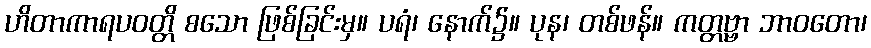
ဟိတာကာရပဝတ္တိ စသော ဖြစ်ခြင်းမှ။ ပရံ၊ နောက်၌။ ပုန၊ တစ်ဖန်။ ကတ္တဗ္ဗာ ဘာဝတော၊